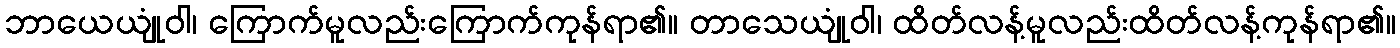
ဘာယေယျုံဝါ၊ ကြောက်မူလည်းကြောက်ကုန်ရာ၏။ တာသေယျုံဝါ၊ ထိတ်လန့်မူလည်းထိတ်လန့်ကုန်ရာ၏။